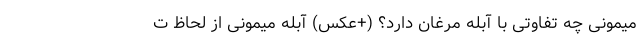
میمونی چه تفاوتی با آبله مرغان دارد؟ (+عکس) آبله میمونی از لحاظ ت